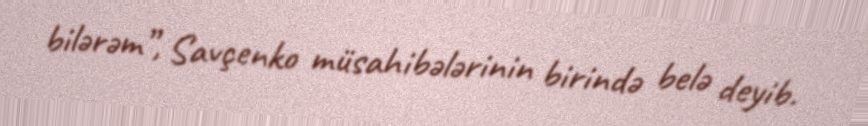
bilərəm”, Savçenko müsahibələrinin birində belə deyib.